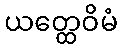
ယတ္ထေဝိမံ